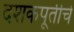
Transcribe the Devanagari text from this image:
दशकपूर्तीचे